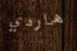
هاردي